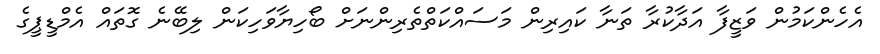
އެހެންކަމުން ވަޒީފާ އަދާކުރާ ތަނާ ކައިރިން މަސައްކަތްތެރިންނަށް ބޯހިޔާވަހިކަން ލިބޭނެ ގޮތައް އެމްޑީޕީގެ